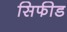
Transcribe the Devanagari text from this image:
सिफीड